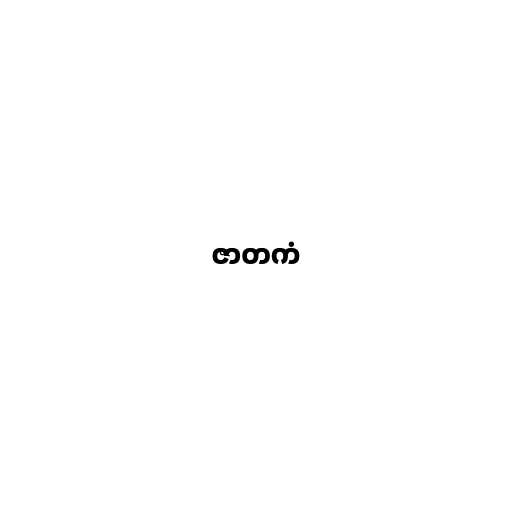
ဇာတကံ